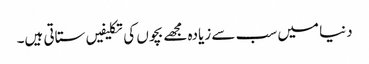
دنیا میں سب سے زیادہ مجھے بچوں کی تکلیفیں ستاتی ہیں۔